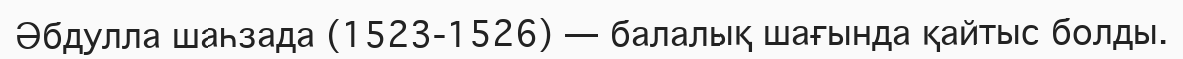
Әбдулла шаһзада (1523-1526) — балалық шағында қайтыс болды.